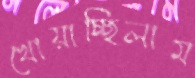
খোয়াচ্ছিলাম